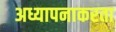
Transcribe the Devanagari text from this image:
अध्यापनाकरता